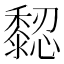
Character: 𪐁